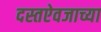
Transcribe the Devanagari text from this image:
दस्तऐवजाच्या